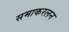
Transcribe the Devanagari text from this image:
समाकरलन